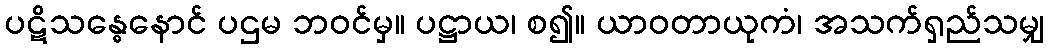
ပဋိသန္ဓေနောင် ပဌမ ဘဝင်မှ။ ပဋ္ဌာယ၊ စ၍။ ယာဝတာယုကံ၊ အသက်ရှည်သမျှ